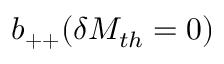
b _ { + + } ( \delta M _ { t h } = 0 )